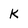
Character: K